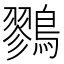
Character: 鷚